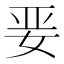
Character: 𱙎